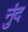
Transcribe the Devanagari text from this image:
नुंद